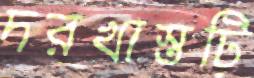
দরখাস্তটি